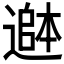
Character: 𮟄